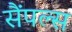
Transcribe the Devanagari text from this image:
सैंपल्स